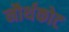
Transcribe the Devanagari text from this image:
नौर्थकोट